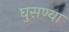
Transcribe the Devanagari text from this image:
घुसण्या